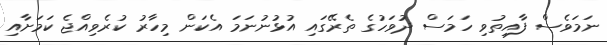
ނަމަވެސް ފާއިތުވި ހަމަސް ދުވަހުގެ ތެރޭގައި އުޅުނުނަމަ އެކަން މިހާރު ކުރެވިއްޖެ ކަމަށާއި